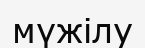
мүжілу